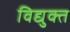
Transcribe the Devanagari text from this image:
विद्युक्त